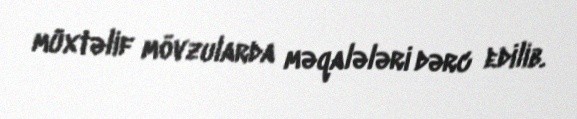
müxtəlif mövzularda məqalələri dərc edilib.